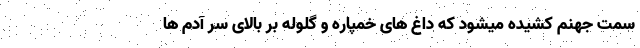
سمت جهنم کشیده میشود که داغ های خمپاره و گلوله بر بالای سر آدم ها